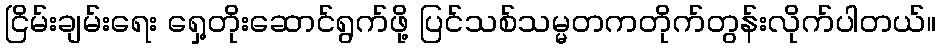
ငြိမ်းချမ်းရေး ရှေ့တိုးဆောင်ရွက်ဖို့ ပြင်သစ်သမ္မတကတိုက်တွန်းလိုက်ပါတယ်။